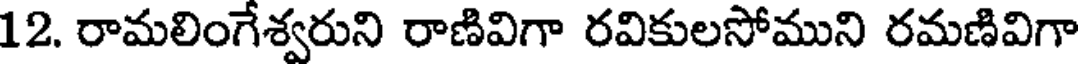
12. రామలింగేశ్వరుని రాణివిగా రవికులసోముని రమణివిగా